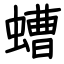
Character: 螬